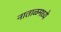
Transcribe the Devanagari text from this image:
नाताळमध्ये